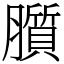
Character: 䑇